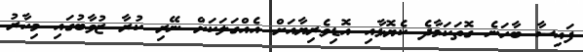
ފައިސާ ބާހަނެ ގޮތަކަމާދެ ކެޔޮޅާއި އޮޑިވެރިޔާއަށް އެއްގަލަކަށް ނޭރި ކުރާ ޒުވާބުގައި މިހާރު